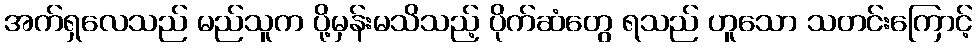
အက်ရှလေသည် မည်သူက ပို့မှန်းမသိသည့် ပိုက်ဆံတွေ ရသည် ဟူသော သတင်းကြောင့်